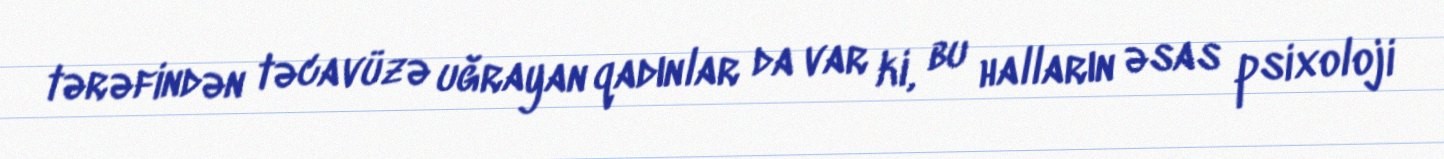
tərəfindən təcavüzə uğrayan qadınlar da var ki, bu halların əsas psixoloji